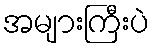
အများကြီးပဲ